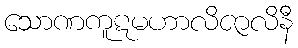
သောဏကူဋမဟာလိဇာလိနီ